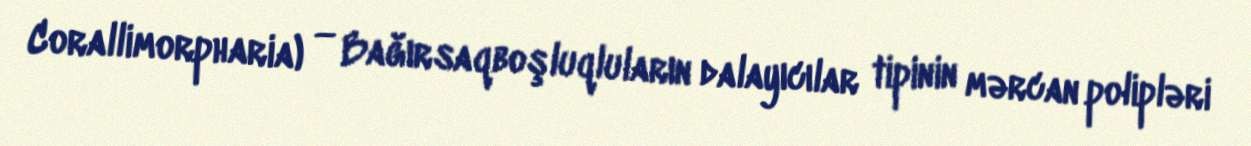
Corallimorpharia) — Bağırsaqboşluqluların dalayıcılar tipinin mərcan polipləri